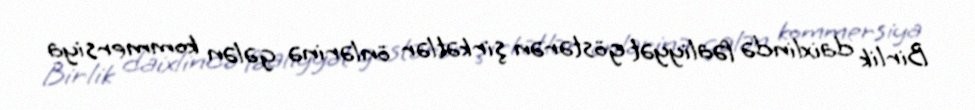
Birlik daixlində fəaliyyət göstərən şirkətlər önlərinə gələn kommersiya